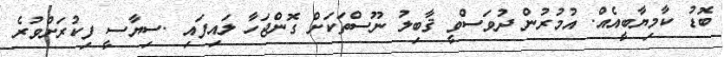
ބޮޑު ކާމިޔާބީއެއް. އުމުރުން ދުވަސްވީ ޤާބިލު ނޫސްތަކަށް ގޮންޖަހާ ލައިފައި .ސިޔާސީ ފިކުރަށްވުރެ